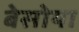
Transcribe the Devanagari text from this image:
बेसोया